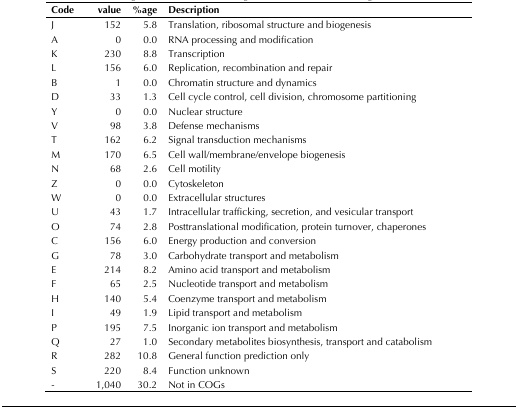
| Code | value | %age | Description |
 | --- | --- | --- | --- |
 | J | 152 | 5.8 | Translation, ribosomal structure and biogenesis |
 | A | 0 | 0.0 | RNA processing and modification |
 | K | 230 | 8.8 | Transcription |
 | L | 156 | 6.0 | Replication, recombination and repair |
 | B | 1 | 0.0 | Chromatin structure and dynamics |
 | D | 33 | 1.3 | Cell cycle control, cell division, chromosome partitioning |
 | Y | 0 | 0.0 | Nuclear structure |
 | V | 98 | 3.8 | Defense mechanisms |
 | T | 162 | 6.2 | Signal transduction mechanisms |
 | M | 170 | 6.5 | Cell wall/membrane/envelope biogenesis |
 | N | 68 | 2.6 | Cell motility |
 | Z | 0 | 0.0 | Cytoskeleton |
 | W | 0 | 0.0 | Extracellular structures |
 | U | 43 | 1.7 | Intracellular trafficking, secretion, and vesicular transport |
 | O | 74 | 2.8 | Posttranslational modification, protein turnover, chaperones |
 | C | 156 | 6.0 | Energy production and conversion |
 | G | 78 | 3.0 | Carbohydrate transport and metabolism |
 | E | 214 | 8.2 | Amino acid transport and metabolism |
 | F | 65 | 2.5 | Nucleotide transport and metabolism |
 | H | 140 | 5.4 | Coenzyme transport and metabolism |
 | I | 49 | 1.9 | Lipid transport and metabolism |
 | P | 195 | 7.5 | Inorganic ion transport and metabolism |
 | Q | 27 | 1.0 | Secondary metabolites biosynthesis, transport and catabolism |
 | R | 282 | 10.8 | General function prediction only |
 | S | 220 | 8.4 | Function unknown |
 | - | 1,040 | 30.2 | Not in COGs |